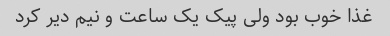
غذا خوب بود ولی پیک یک ساعت و نیم دیر کرد